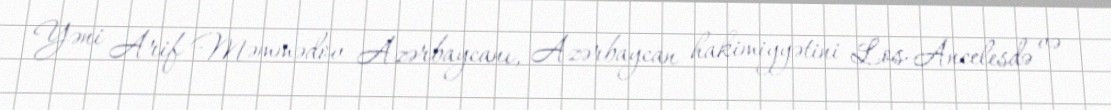
Yəni Arif Məmmədov Azərbaycanı, Azərbaycan hakimiyyətini Los-Ancelesdə və